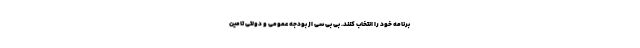
برنامه خود را انتخاب کنند. بی بی سی از بودجه عمومی و دولتی تامین